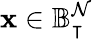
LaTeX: \mathbf{x}\in\mathbb{B}_{\intercal}^{\mathcal{N}}